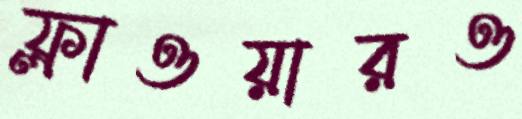
ফ্লাওয়ারও